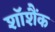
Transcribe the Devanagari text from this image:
शॉशैंक